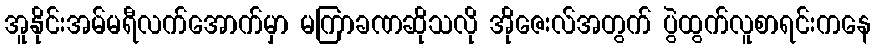
အူနိုင်းအမ်မရီလက်အောက်မှာ မကြာခဏဆိုသလို အိုဇေးလ်အတွက် ပွဲထွက်လူစာရင်းကနေ